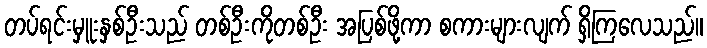
တပ်ရင်းမှူးနှစ်ဦးသည် တစ်ဦးကိုတစ်ဦး အပြစ်ဖို့ကာ စကားများလျက် ရှိကြလေသည်။